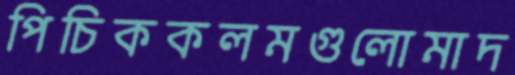
পিচিককলমগুলোমাদ